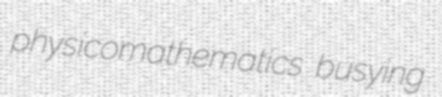
physicomathematics busying